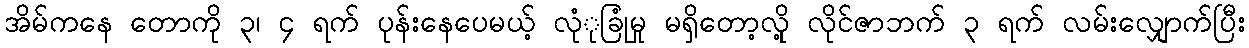
အိမ်ကနေ တောကို ၃၊ ၄ ရက် ပုန်းနေပေမယ့် လုံုခြုံမှု မရှိတော့လိုု့ လိုင်ဇာဘက် ၃ ရက် လမ်းလျှောက်ပြီး